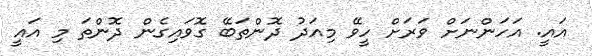
އައީ. އަހަންނަށް ވަރަށް ހީވޭ މިއަދު ދޮންތަބޭ ގޮވައިގެން ދޮންތަ މި އައީ